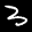
Label: 3